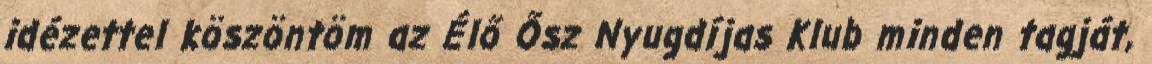
idézettel köszöntöm az Élő Ősz Nyugdíjas Klub minden tagját,